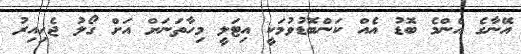
އޭނާގެ އެންމެ ބޮޑު އެއް ކަންބޮޑުވުމަކީ އިޓަލީ މިހާތަނަށް އަށް ގޯލު ޖެހިއިރު